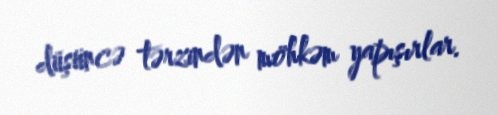
düşüncə tərzindən möhkəm yapışırlar.